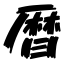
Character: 暦